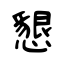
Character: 懇